Scottish Leaving Certificate Examination, 1961
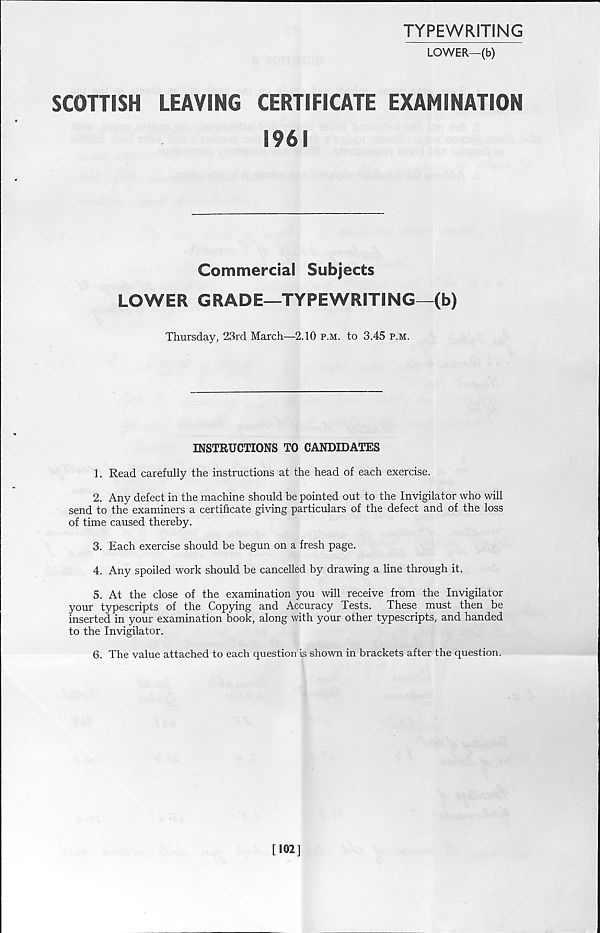
TYPEWRITING
LOWER—(b)
SCOTTISH
LEAVING
CERTIFICATE EXAMINATION
1961
Commercial Subjects
LOWER GRADE—TYPEWRITING—(b)
Thursday, 23rd March—-2.10 p.m. to 3.45 p.m.
INSTRUCTIONS TO CANDIDATES
1. Read carefully the instructions at the head of each exercise.
2. Any defect in the machine should be pointed out to the Invigilator who will
send to the examiners a certificate giving particulars of the defect and of the loss
of time caused thereby.
3. Each exercise should be begun on a fresh page.
4. Any spoiled work should be cancelled by drawing a line through it.
5. At the close of the examination you will receive from the Invigilator
your typescripts of the Copying and Accuracy Tests.
These must then be
inserted in your examination book, along with your other typescripts, and handed
to the Invigilator.
6. The value attached to each question is shown in brackets after the question.
[102]